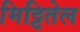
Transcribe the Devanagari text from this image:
मिट्टितेल